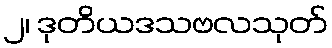
၂၊ ဒုတိယဒသဗလသုတ်